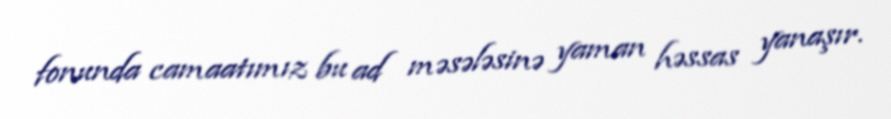
fonunda camaatımız bu ad məsələsinə yaman həssas yanaşır.